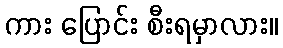
ကား ပြောင်း စီးရမှာလား။